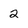
Character: 2